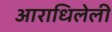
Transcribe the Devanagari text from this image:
आराधिलेली